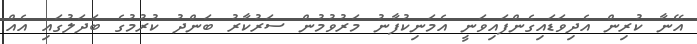
އޭނާ ކުރިން އެދިވަޑައިގެންފައިވަނީ އެމަނިކުފާނު މަރުވުމުން ސަރުކާރު ބަންދު ކުރުމުގެ ބަދަލުގައި އެއް